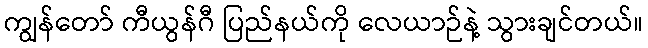
ကျွန်တော် ကီယွန်ဂီ ပြည်နယ်ကို လေယာဉ်နဲ့ သွားချင်တယ်။